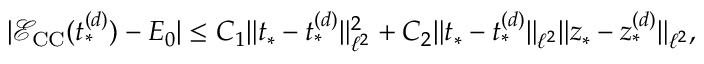
| \mathcal { E } _ { \mathrm { C C } } ( t _ { * } ^ { ( d ) } ) - E _ { 0 } | \leq C _ { 1 } \Vert t _ { * } - t _ { * } ^ { ( d ) } \Vert _ { \ell ^ { 2 } } ^ { 2 } + C _ { 2 } \Vert t _ { * } - t _ { * } ^ { ( d ) } \Vert _ { \ell ^ { 2 } } \Vert z _ { * } - z _ { * } ^ { ( d ) } \Vert _ { \ell ^ { 2 } } ,